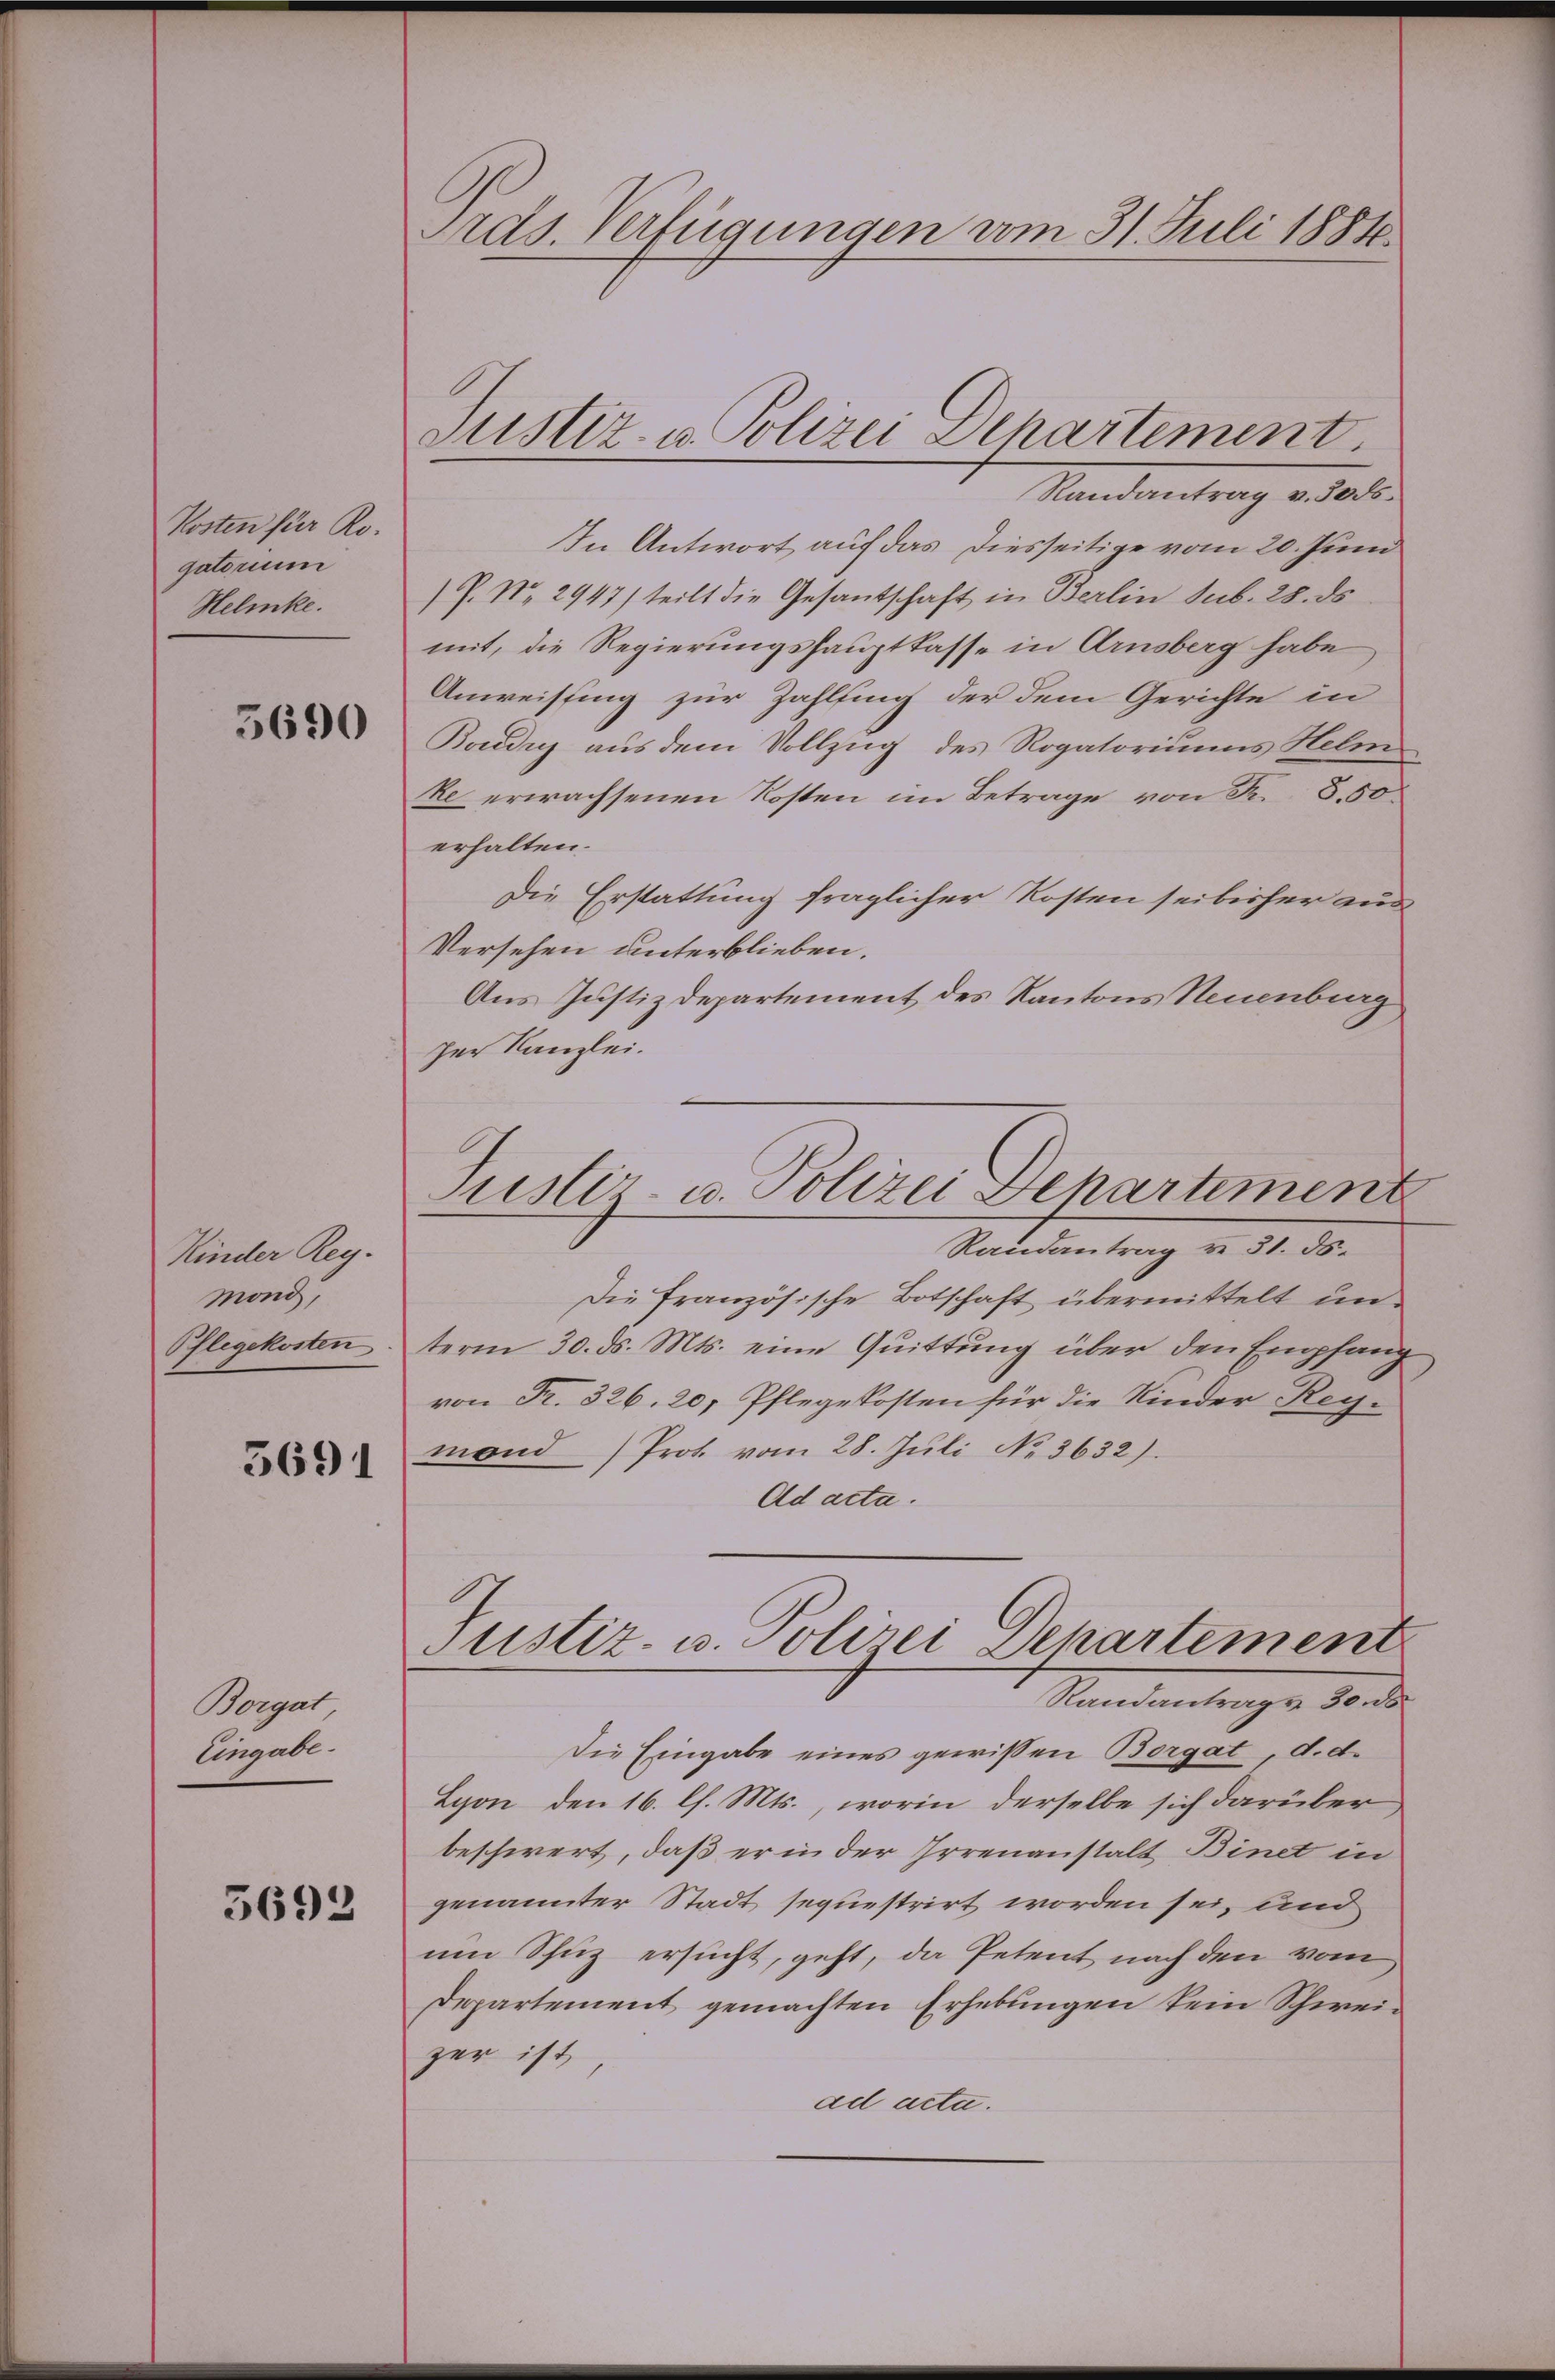
Kosten für Rogatorium
Helenke.

5690

Kinder Reg.
mond,
Pflegekosten

5691

Borgat
Eingabe.

5692

Pras. Verfügungen vom 31. Juli 1884.

Justiz- u. Polizei Departement

Randantrag v. 3000.
In Antwort auf das diesseitige vom 20. Juni
P. Nr. 2947) teilt die Gesantschaft in Berlin sub. 28. ds
mit, die Regierungshauptkasse in Arnsberg habe
Anweistung zur Zahlfing der dem Gerichte in
Boudig aus dem Vollzug des Rogatoriums Helm
ke erwachsenen Kosten im Betrage von R. 8.50
erhalten.
Die Erstattung fraglicher Kosten sei bisher aus
Versehen unterblieben.
Aus Justizdepartement des Kantons Neuenburg
zer Kanzlei.
Randantrag u. 31. ds.
Die Französische Botschaft übermittelt unterm 30. ds. Mts. eine Quittung über den Empfang
von Fr. 326, 20, Pflegekosten für die Kinder Regmond Prot. vom 28. Juli No 3632).
Ad acta.
Justiz- u. Polizei Departement
Randantrags 30 s
Die Eingabe eines gewissen Borgat d.d.
Lyon den 16. l. Mts., worin derselbe sich darüber,
beschwert, daß er in der Irrenanstalt Binet in
genannter Stadt sequestrirt worden sei, und
um Schuz ersucht, geht, da Petent nach den vom
Departement gemachten Erhebungen kein Schweizer ist,
ad acte.

Justiz- u. Polizei Departement